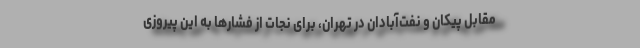
مقابل پیکان و نفت‌آبادان در تهران، برای نجات از فشارها به این پیروزی